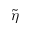
\tilde { \eta }